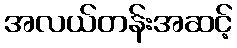
အလယ်တန်းအဆင့်